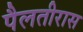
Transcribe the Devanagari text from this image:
पैलतीरास